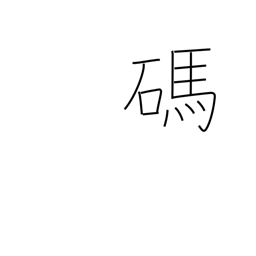
Meaning: number